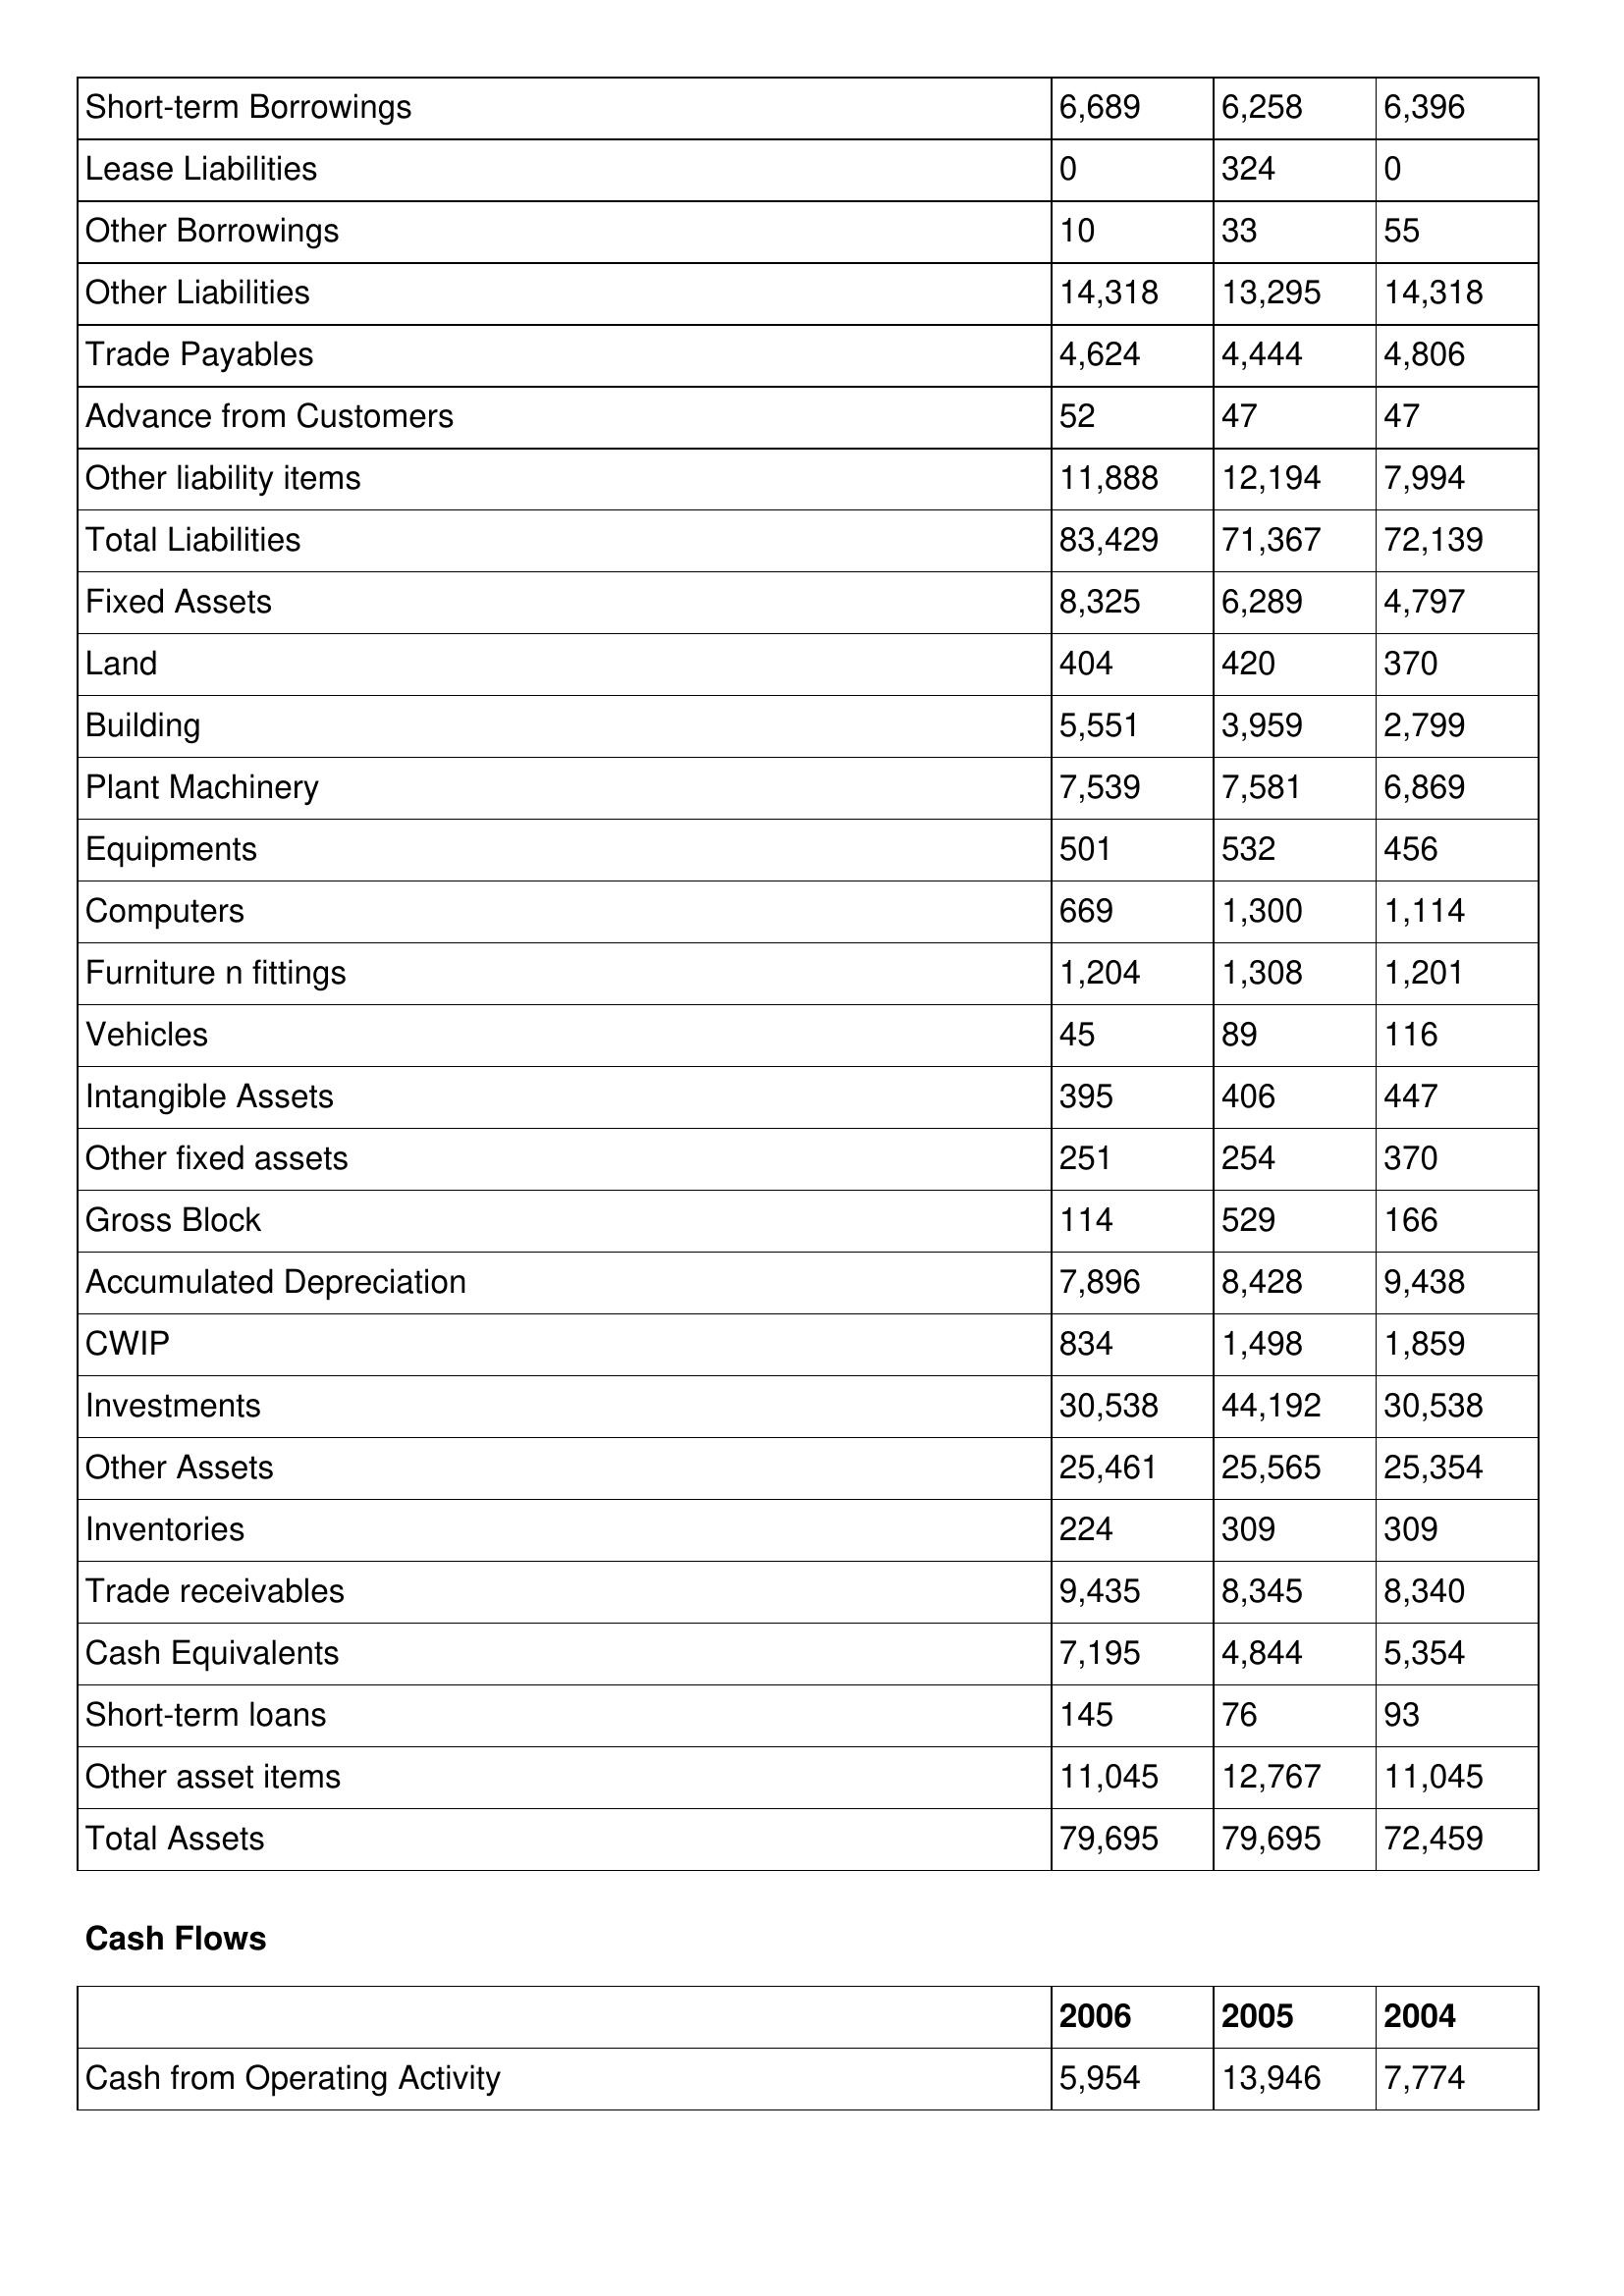
gt_parse: 2006: Balance Sheet: Short-term Borrowings: 6,689
Lease Liabilities: 0
Other Borrowings: 10
Other Liabilities: 14,318
Trade Payables: 4,624
Advance from Customers: 52
Other liability items: 11,888
Total Liabilities: 83,429
Fixed Assets: 8,325
Land: 404
Building: 5,551
Plant Machinery: 7,539
Equipments: 501
Computers: 669
Furniture n fittings: 1,204
Vehicles: 45
Intangible Assets: 395
Other fixed assets: 251
Gross Block: 114
Accumulated Depreciation: 7,896
CWIP: 834
Investments: 30,538
Other Assets: 25,461
Inventories: 224
Trade receivables: 9,435
Cash Equivalents: 7,195
Short-term loans: 145
Other asset items: 11,045
Total Assets: 79,695
Cash Flows: Cash from Operating Activity: 5,954
2005: Balance Sheet: Short-term Borrowings: 6,258
Lease Liabilities: 324
Other Borrowings: 33
Other Liabilities: 13,295
Trade Payables: 4,444
Advance from Customers: 47
Other liability items: 12,194
Total Liabilities: 71,367
Fixed Assets: 6,289
Land: 420
Building: 3,959
Plant Machinery: 7,581
Equipments: 532
Computers: 1,300
Furniture n fittings: 1,308
Vehicles: 89
Intangible Assets: 406
Other fixed assets: 254
Gross Block: 529
Accumulated Depreciation: 8,428
CWIP: 1,498
Investments: 44,192
Other Assets: 25,565
Inventories: 309
Trade receivables: 8,345
Cash Equivalents: 4,844
Short-term loans: 76
Other asset items: 12,767
Total Assets: 79,695
Cash Flows: Cash from Operating Activity: 13,946
2004: Balance Sheet: Short-term Borrowings: 6,396
Lease Liabilities: 0
Other Borrowings: 55
Other Liabilities: 14,318
Trade Payables: 4,806
Advance from Customers: 47
Other liability items: 7,994
Total Liabilities: 72,139
Fixed Assets: 4,797
Land: 370
Building: 2,799
Plant Machinery: 6,869
Equipments: 456
Computers: 1,114
Furniture n fittings: 1,201
Vehicles: 116
Intangible Assets: 447
Other fixed assets: 370
Gross Block: 166
Accumulated Depreciation: 9,438
CWIP: 1,859
Investments: 30,538
Other Assets: 25,354
Inventories: 309
Trade receivables: 8,340
Cash Equivalents: 5,354
Short-term loans: 93
Other asset items: 11,045
Total Assets: 72,459
Cash Flows: Cash from Operating Activity: 7,774